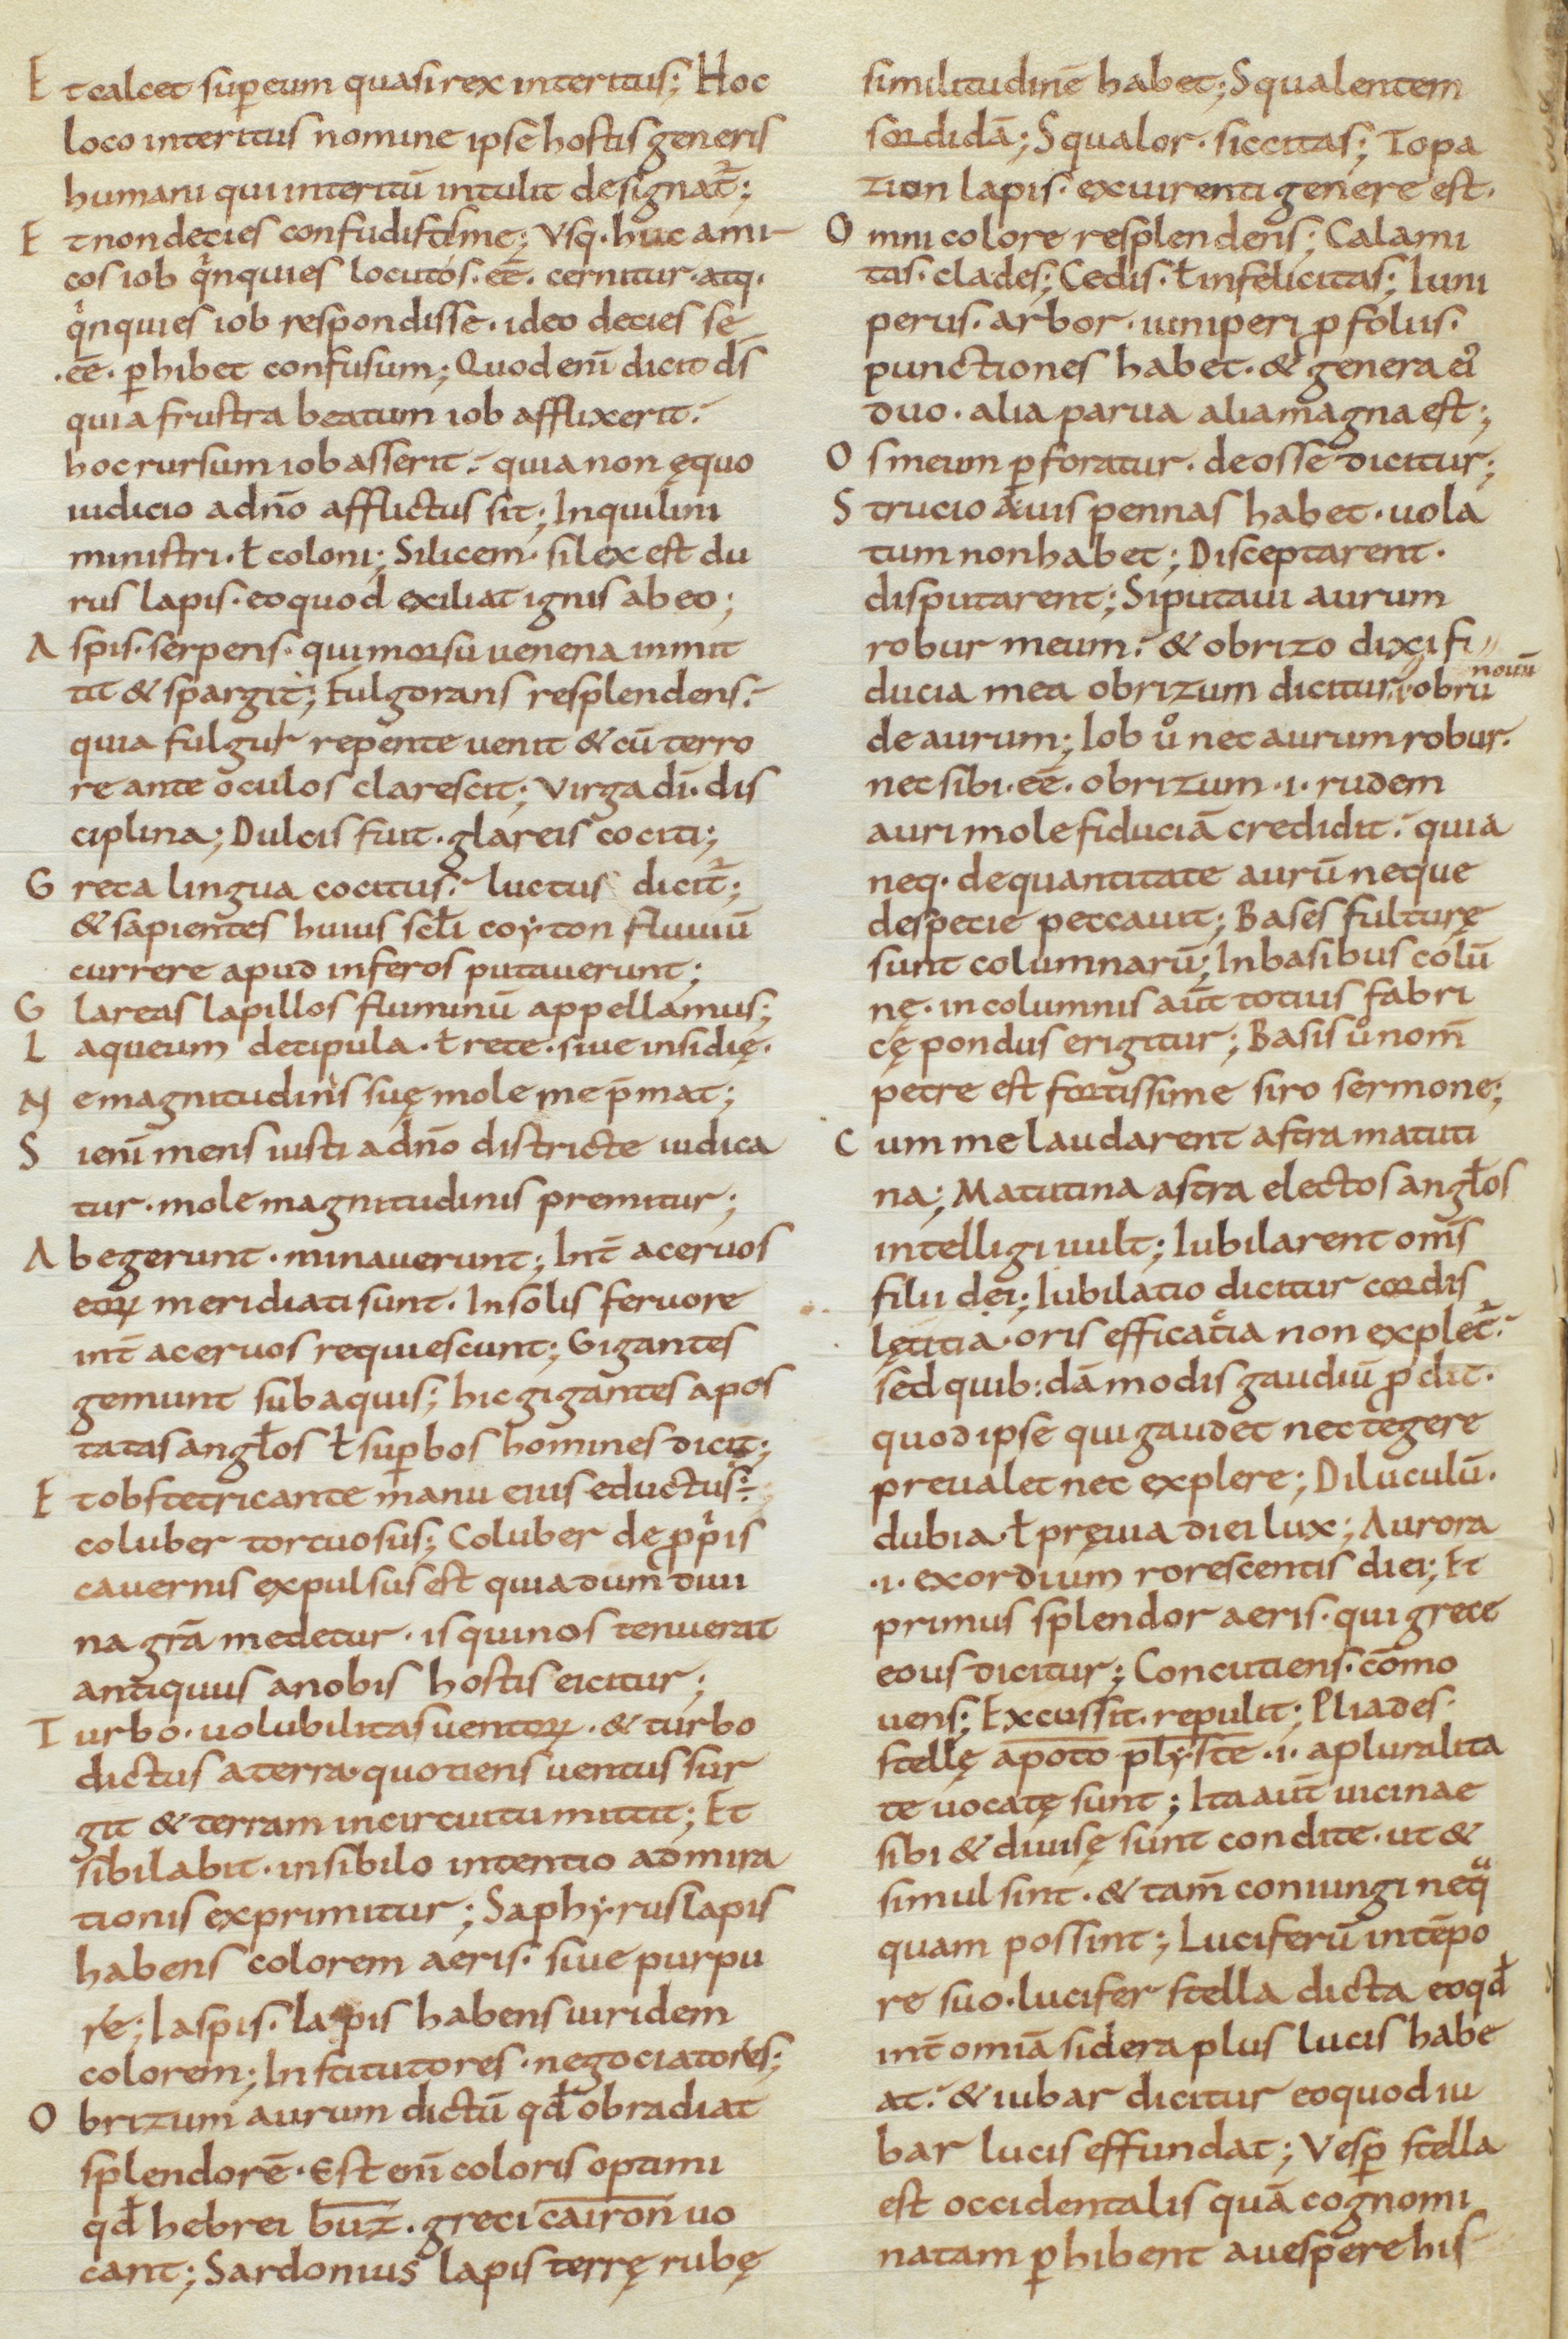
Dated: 850–915